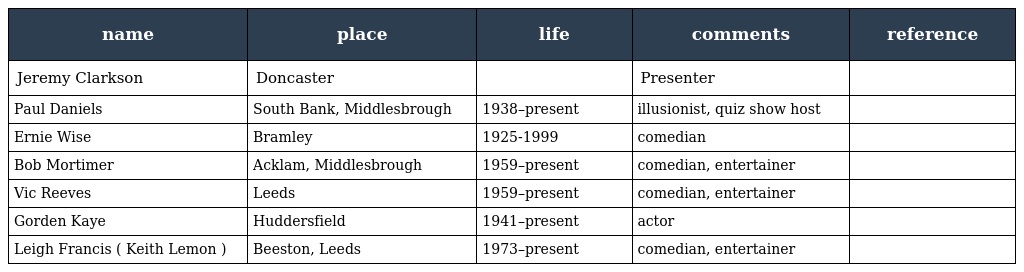
| name | place | life | comments | reference |
 | --- | --- | --- | --- | --- |
 | Jeremy Clarkson | Doncaster |  | Presenter |  |
 | Paul Daniels | South Bank, Middlesbrough | 1938–present | illusionist, quiz show host |  |
 | Ernie Wise | Bramley | 1925-1999 | comedian |  |
 | Bob Mortimer | Acklam, Middlesbrough | 1959–present | comedian, entertainer |  |
 | Vic Reeves | Leeds | 1959–present | comedian, entertainer |  |
 | Gorden Kaye | Huddersfield | 1941–present | actor |  |
 | Leigh Francis ( Keith Lemon ) | Beeston, Leeds | 1973–present | comedian, entertainer |  |